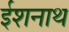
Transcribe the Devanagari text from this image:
ईशनाथ